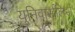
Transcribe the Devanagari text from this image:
युनिवार्सलिस